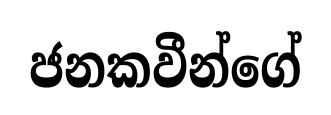
ජනකවීන්ගේ